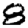
Digit: 8